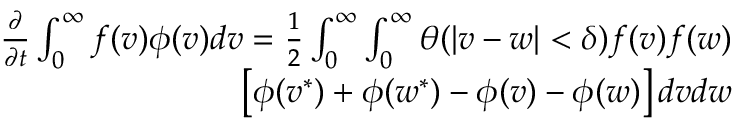
\begin{array} { r } { \begin{array} { r } { \frac { \partial } { \partial t } \int _ { 0 } ^ { \infty } f ( v ) \phi ( v ) d v = \frac { 1 } { 2 } \int _ { 0 } ^ { \infty } \int _ { 0 } ^ { \infty } \theta ( | v - w | < \delta ) f ( v ) f ( w ) } \\ { \left[ \phi ( v ^ { * } ) + \phi ( w ^ { * } ) - \phi ( v ) - \phi ( w ) \right] d v d w } \end{array} } \end{array}